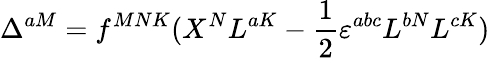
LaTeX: \Delta^{aM}=f^{MNK}(X^{N}L^{aK}-\frac 12\varepsilon^{abc}L^{bN}L^{cK})